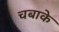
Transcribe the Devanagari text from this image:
चबाके